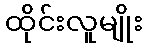
ထိုင်းလူမျိုး